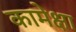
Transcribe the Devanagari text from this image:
कामेक्षा